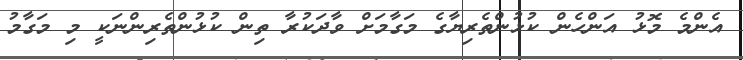
އެންމެ މޮޅު އަންހެން ކުޅުންތެރިޔާގެ މަގާމަށް ވާދަކުރާ ތިން ކުޅުންތެރިންނަކީ މި މަގާމު